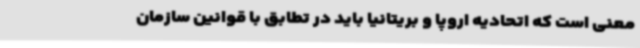
معنی است که اتحادیه اروپا و بریتانیا باید در تطابق با قوانین سازمان